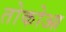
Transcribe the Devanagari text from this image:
तोकोआ